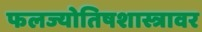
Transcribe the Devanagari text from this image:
फलज्योतिषशास्त्रावर